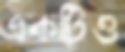
একটিও